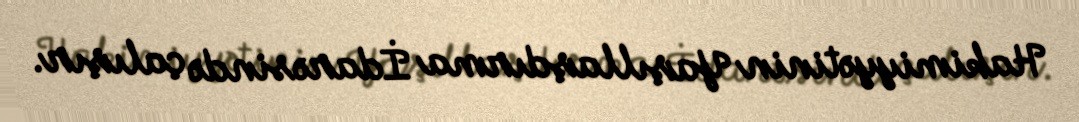
Hakimiyyətinin Yaşıllaşdırma İdarəsində çalışır.